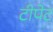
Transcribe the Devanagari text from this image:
टीपेट